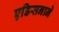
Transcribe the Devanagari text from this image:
एडिसनाने